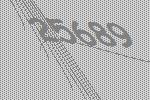
25689